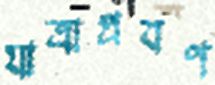
যাত্রাপ্রবণ